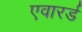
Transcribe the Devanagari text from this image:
एवारर्ड